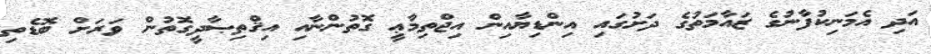
އަދި އެމަނިކުފާނުގެ ޒައާމަތުގެ ދަށުގައި އިންޑިޔާއިން އިޖްތިމާޢީ ގޮތުންނާއި އިޤްތިޞާދީގޮތުން ވަރަށް ބޮޑެތި